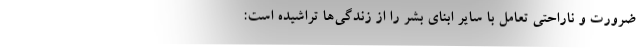
ضرورت و ناراحتیِ تعامل با سایر ابنای بشر را از زندگی‌ها تراشیده است: